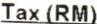
TAX (RM)